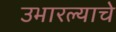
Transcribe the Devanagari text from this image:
उभारल्याचे